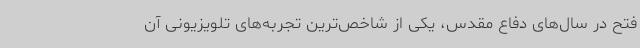
فتح در سال‌های دفاع مقدس، یکی از شاخص‌ترین تجربه‌های تلویزیونی آن